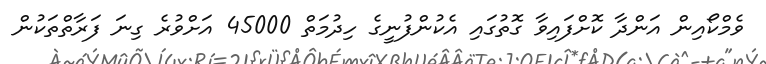
ވެމްކޯއިން އަންދާ ކޮށްފައިވާ ގޮތުގައި އެކުންފުނީގެ ހިދުމަތް 45000 އަށްވުރެ ގިނަ ފަރާތްތަކުން